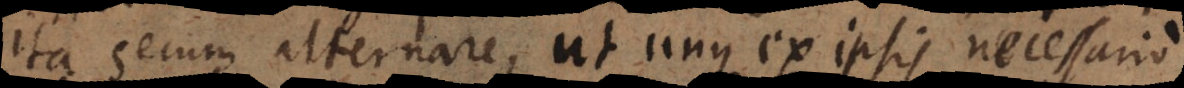
ita secum alternare, ut unus ex ipsis necessario